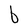
Character: b